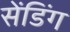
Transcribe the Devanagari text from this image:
सेंडिंग